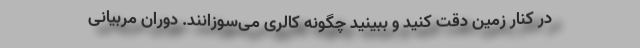
در کنار زمین دقت کنید و ببینید چگونه کالری می‌سوزانند. دوران مربیانی